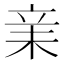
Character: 𣐽